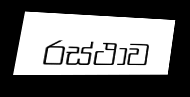
රස්ථාව